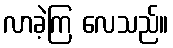
လာခဲ့ကြ လေသည်။